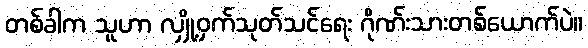
တစ်ခါက သူဟာ လျှို့ဝှက်သုတ်သင်ရေး ဂိုဏ်းသားတစ်ယောက်ပဲ။